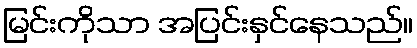
မြင်းကိုသာ အပြင်းနှင်နေသည်။